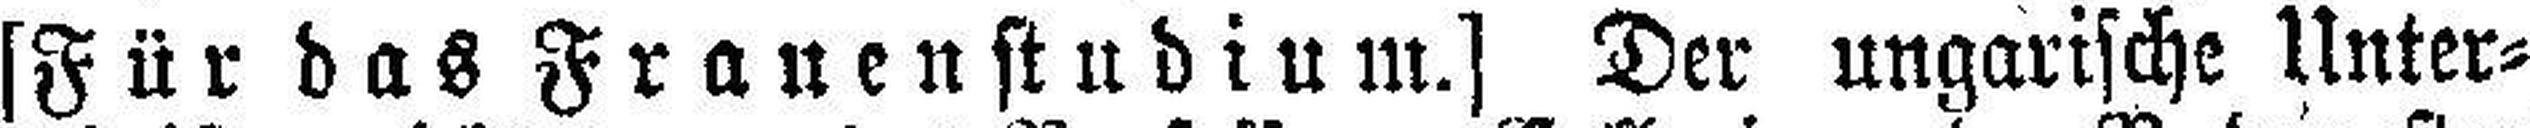
[Für das Franenstudium] Der ungarische Unter¬